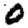
Digit: 0